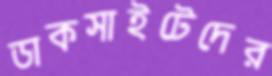
ডাকসাইটেদের